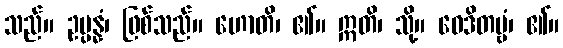
သည်။ ဥပ္ပန္နံ၊ ဖြစ်သည်။ ဟောတိ၊ ၏။ ဣတိ၊ သို့။ ဝေဒိတဗ္ဗံ၊ ၏။